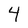
Character: 4